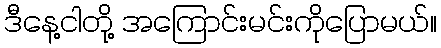
ဒီနေ့ငါတို့ အကြောင်းမင်းကိုပြောမယ်။